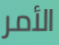
الأمر